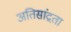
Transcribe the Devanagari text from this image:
अतिसांद्रता